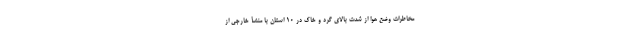
مخاطرات وضع هوا از شدت بالای گرد و خاک در ۱۰ استان با منشأ خارجی از